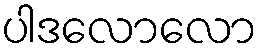
ပါဒလောလော